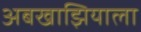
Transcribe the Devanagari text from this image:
अबखाझियाला